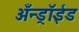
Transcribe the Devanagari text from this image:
अँन्ड्रॉईड